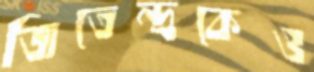
জিতেন্দ্রকেও